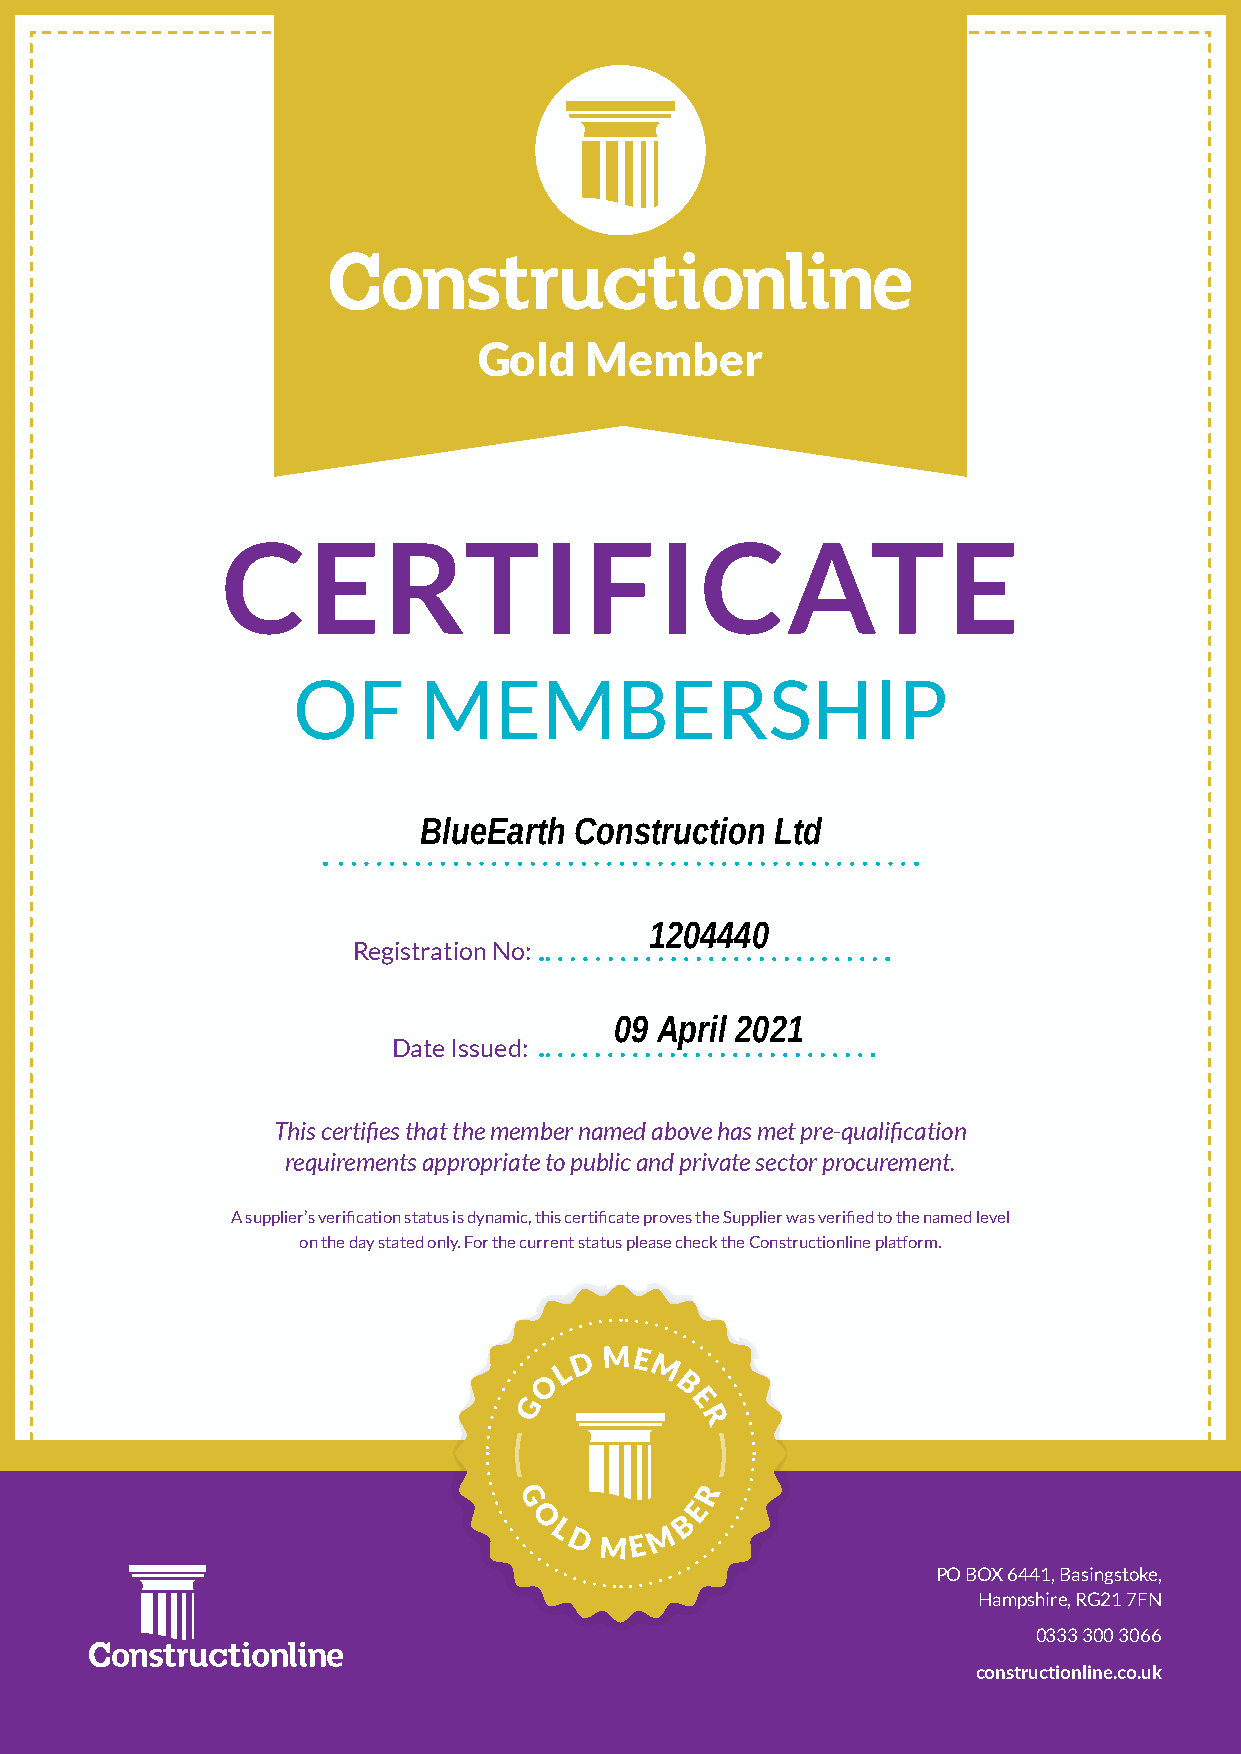
Gold   Member
 CERTIFICATE
 OF       MEMBERSHIP
 BlueEarth Construction Ltd
 1204440
 Registration No:
 09 April 2021
 Date Issued:
 This certifies that the member named above has met pre-qualification
 requirements appropriate to public and private sector procurement.
 A supplier’s verification status is dynamic, this certificate proves the Supplier was verified to the named level
 on the day stated only. For the current status please check the Constructionline platform.
 D ME
 L     M
 O
 B
 G         E
 R
 R
 G           E
 O         B
 L      M
 D  ME
 PO BOX 6441, Basingstoke,
 Hampshire, RG21 7FN
 0333 300 3066
 constructionline.co.uk